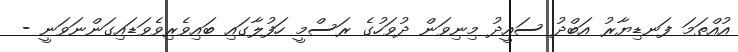
އުއްތަމަ ފަނޑިޔާރު އަބްދު ސައީދު މިނިވަން ދުވަހުގެ ރަސްމީ ހަފުލާގައި ބައިވެރިވެވަޑައިގަންނަވަނީ -